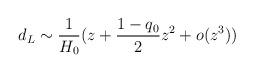
LaTeX: \begin{align*}d_L\sim \frac{1}{H_0}(z+ \frac{1-q_0}{2}z^2+o(z^3))\end{align*}